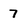
Character: 7